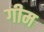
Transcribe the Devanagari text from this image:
गीम